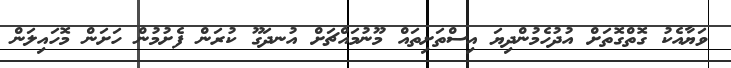
ވަޔާއެކު ގޮތްގޮތަށް އުދުހެމުންދިޔަ އިސްތަށިތައް މޫނުމައްޗަށް އުނދަގޫ ކުރަން ފެށުމުން ހަށަން މޮހައިލަން